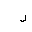
Letter: _ra